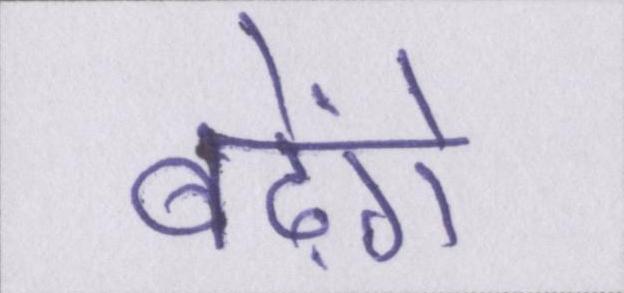
बढ़ेंगे